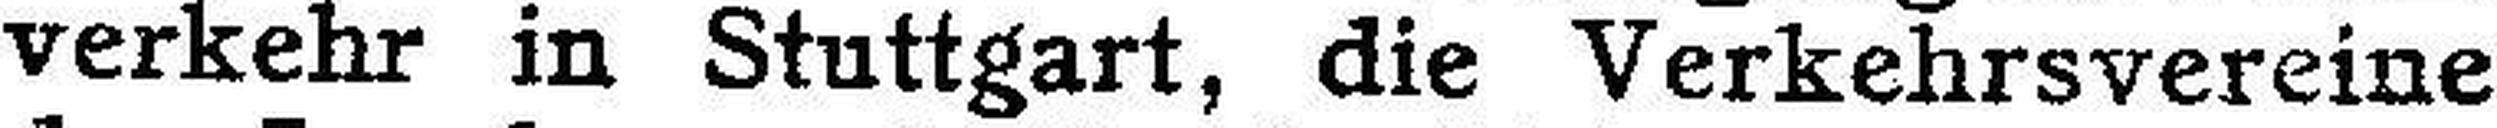
verkehr in Stuttgart, die Verkehrsvereine